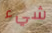
شيء